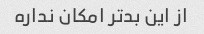
از این بدتر امکان نداره